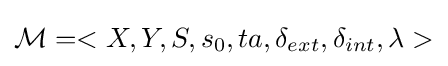
{\mathcal {M}}=<X,Y,S,s_{0},ta,\delta _{ext},\delta _{int},\lambda >